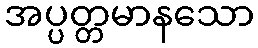
အပ္ပတ္တမာနသော